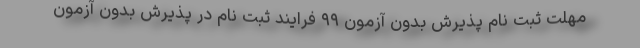
مهلت ثبت نام پذیرش بدون آزمون ۹۹ فرایند ثبت نام در پذیرش بدون آزمون